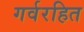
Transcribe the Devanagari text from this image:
गर्वरहित